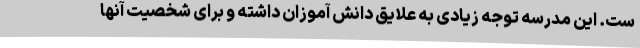
ست. این مدرسه توجه زیادی به علایق دانش آموزان داشته و برای شخصیت آنها